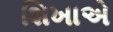
શિખાએ